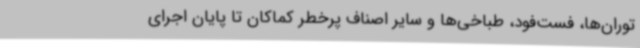
توران‌ها، فست‌فود، طباخی‌ها و سایر اصناف پرخطر کماکان تا پایان اجرای